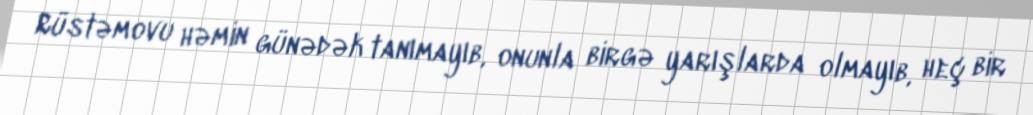
Rüstəmovu həmin günədək tanımayıb, onunla birgə yarışlarda olmayıb, heç bir